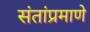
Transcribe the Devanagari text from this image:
संतांप्रमाणे